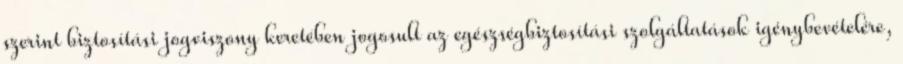
szerint biztosítási jogviszony keretében jogosult az egészségbiztosítási szolgáltatások igénybevételére,